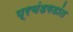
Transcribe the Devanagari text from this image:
प्रचंडगडांत